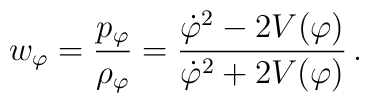
w_{\varphi} = \frac{p_{\varphi}}{{\rho}_{\varphi}} =\frac{{\dot{\varphi}}^2 - 2V(\varphi)}{{\dot{\varphi}}^2 +2V(\varphi)} \,.